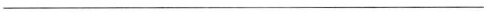
___